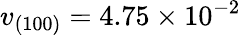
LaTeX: v_{(100)}=4.75\times 10^{-2}